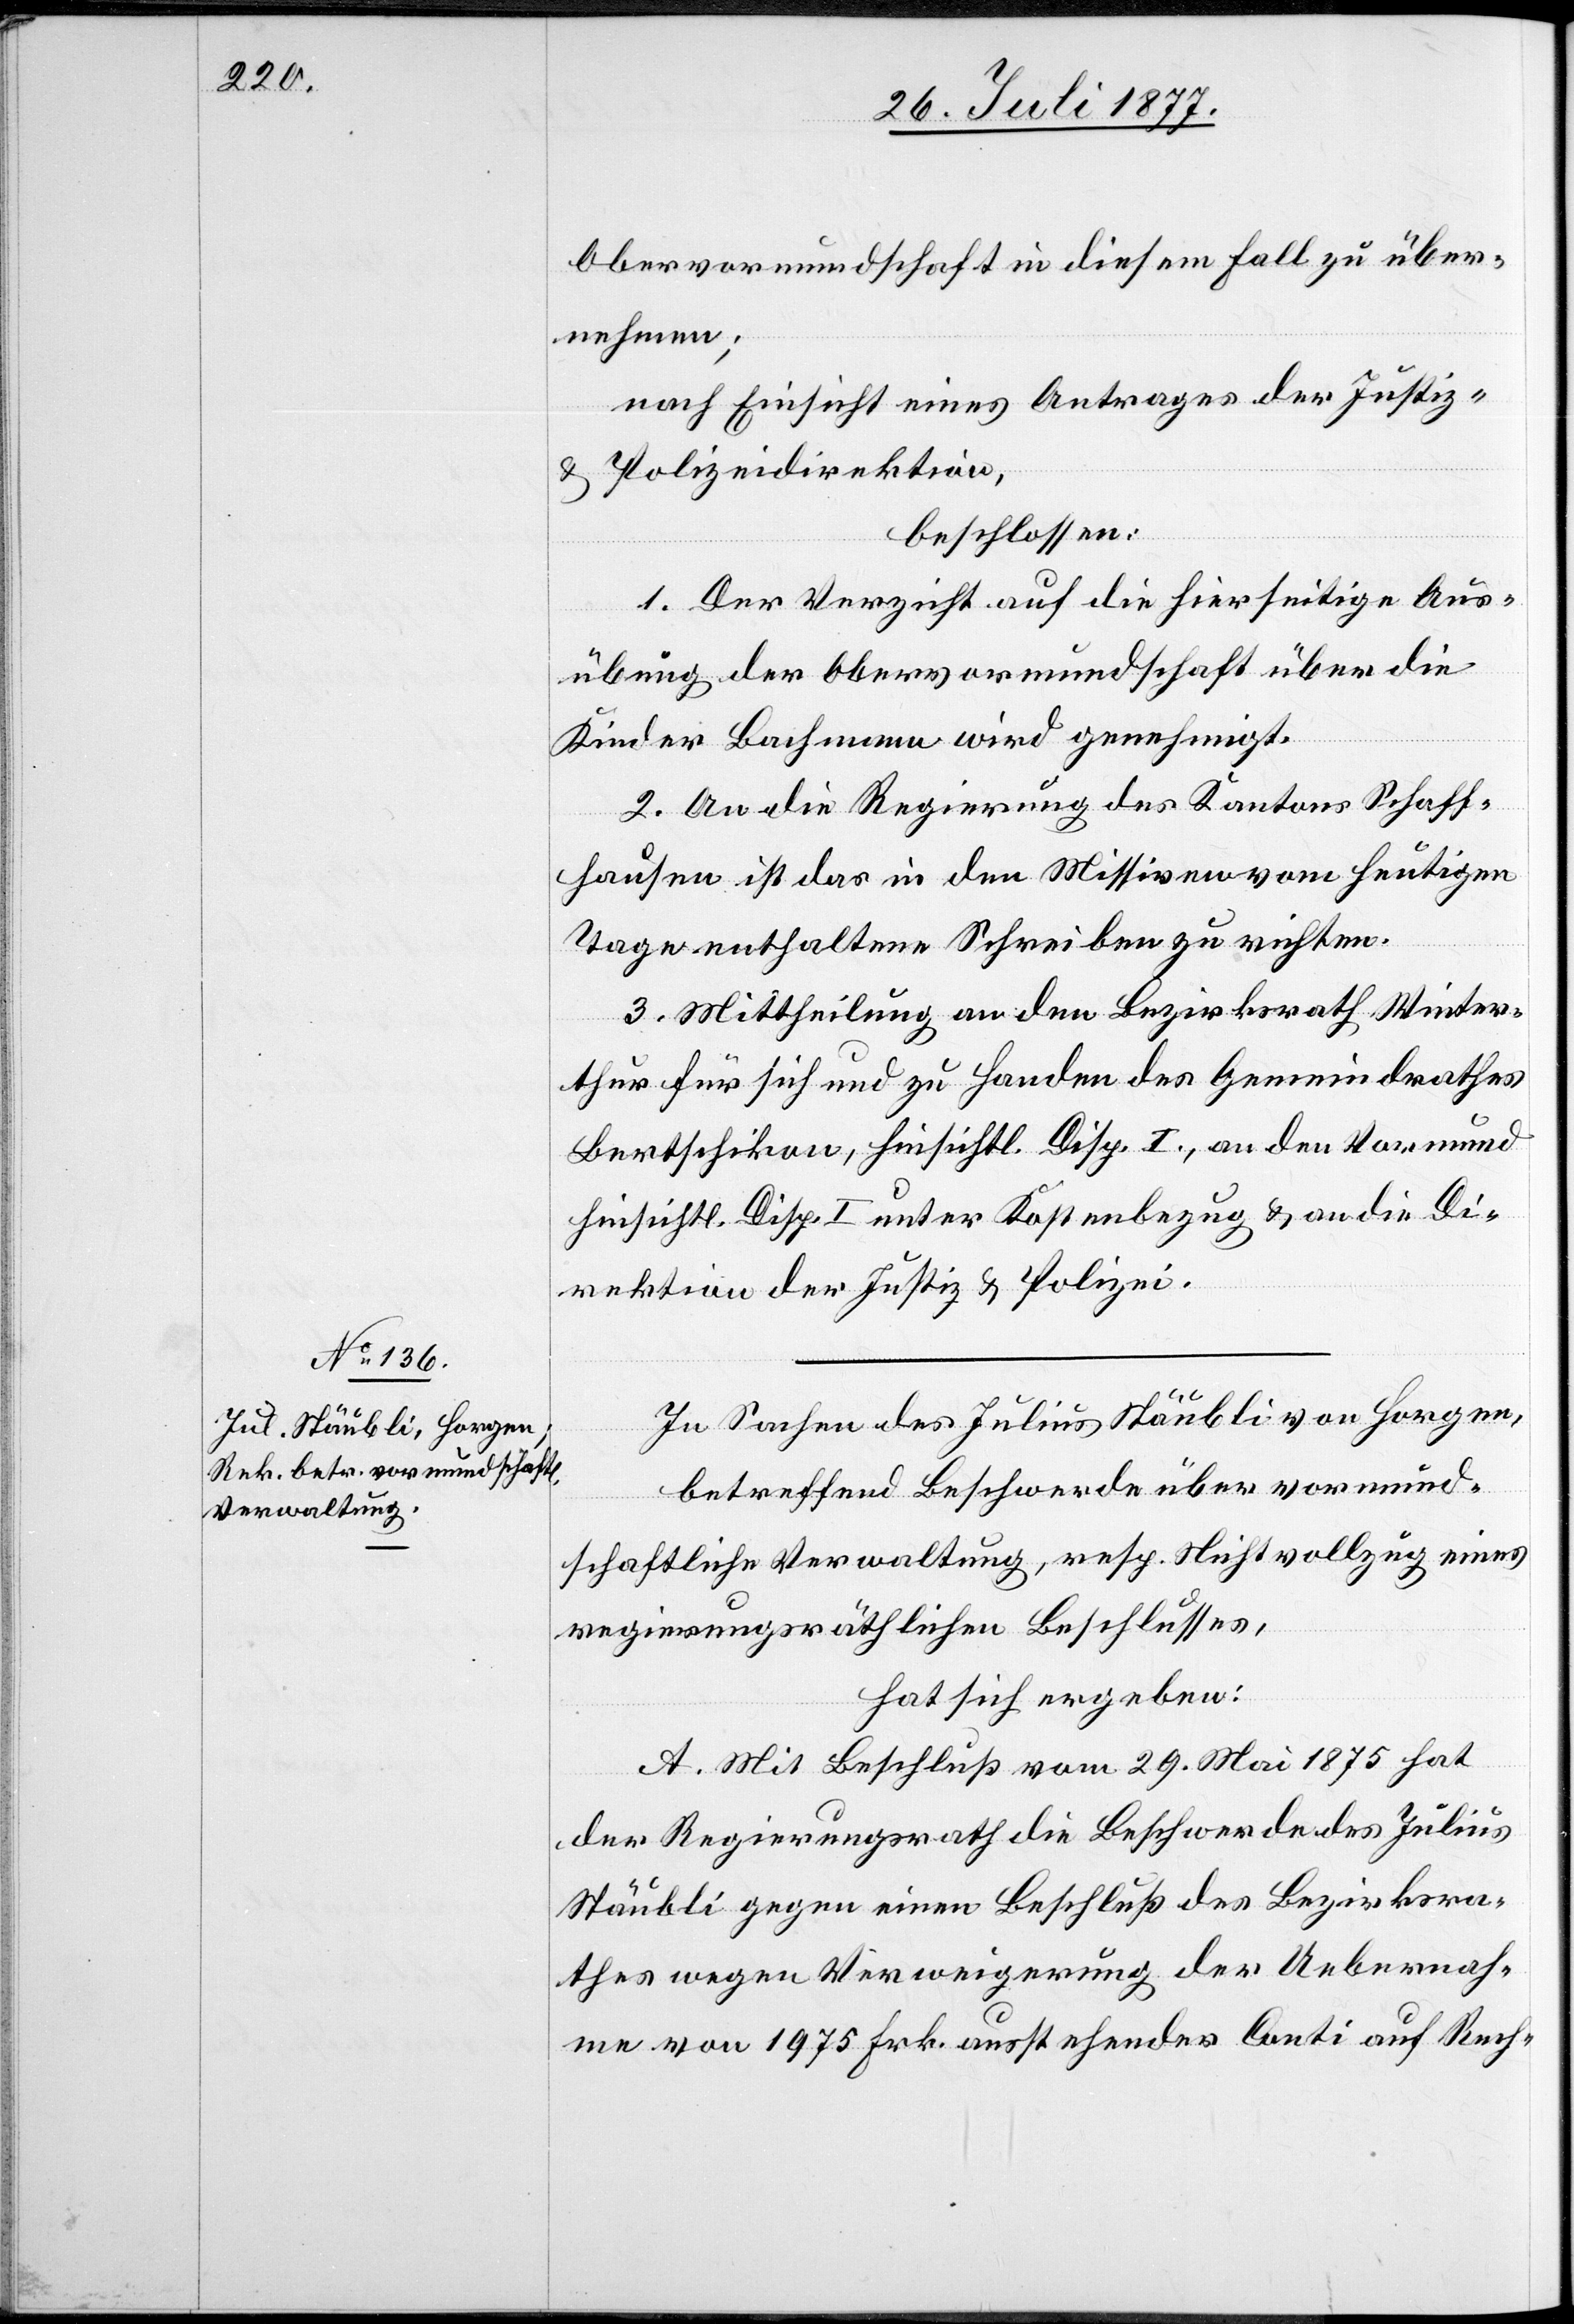
Obervormundschaft in diesem Fall zu über¬
nehmen;
nach Einsicht eines Antrages der Justiz-
& Polizeidirektion,
beschlossen:
1. Der Verzicht auf die hierseitige Aus¬
übung der Obervormundschaft über die
Kinder Bachmann wird genehmigt.
2. An die Regierung des Kantons Schaff¬
hausen ist das in den Missiven vom heutigen
Tage enthaltene Schreiben zu richten.
3. Mittheilung an den Bezirksrath Winter¬
thur für sich und zu Handen des Gemeindrathes
Bertschikon, hinsichtl. Disp. I., an den Vormund
hinsichtl. Disp. I unter Kostenbezug & an die Di¬
rektion der Justiz & Polizei.
In Sachen des Julius Stäubli von Horgen,
betreffend Beschwerde über vormund¬
schaftliche Verwaltung, resp. Nichtvollzug eines
regierungsräthlichen Beschlusses,
hat sich ergeben:
A. Mit Beschluß vom 29. Mai 1875 hat
der Regierungsrath die Beschwerde des Julius
Stäubli gegen einen Beschluß des Bezirksra¬
thes wegen Verweigerung der Uebernah¬
me von 1975 Frk. ausstehender Conti auf Rech-